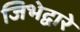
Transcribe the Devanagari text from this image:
जिभेद्वारे